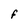
Character: F